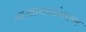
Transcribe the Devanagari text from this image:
भारताचाकोकण